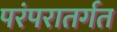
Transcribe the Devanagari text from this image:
परंपरातर्गत